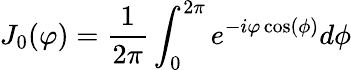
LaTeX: J_{0}(\varphi)=\frac{1}{2\pi}\int_{0}^{2\pi}e^{-i\varphi\cos(\phi)}d\phi